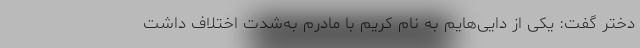
دختر گفت: یکی از دایی‌هایم به نام کریم با مادرم به‌شدت اختلاف داشت